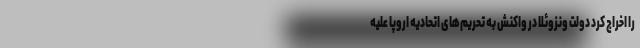
را اخراج کرد دولت ونزوئلا در واکنش به تحریم‌های اتحادیه اروپا علیه